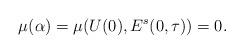
LaTeX: \begin{align*}\mu(\alpha)=\mu(U(0),E^s(0,\tau))=0.\end{align*}